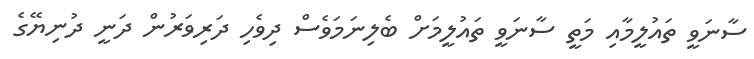
ސާނަވީ ތައުލީމާއި މަތީ ސާނަވީ ތައުލީމަށް ބެލިނަމަވެސް ދިވެހި ދަރިވަރުން ދަނީ ދުނިޔޭގެ